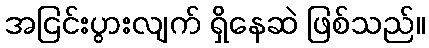
အငြင်းပွားလျက် ရှိနေဆဲ ဖြစ်သည်။